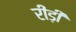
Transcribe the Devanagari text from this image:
रीड़ी